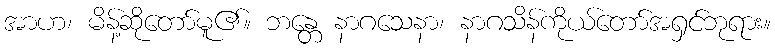
အာဟ၊ မိန့်ဆိုတော်မူ၏။ ဘန္တေ နာဂသေနာ၊ နာဂသိန်ကိုယ်တော်အရှင်ဘုရား။